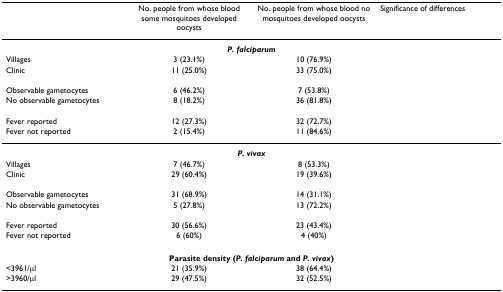
<table><thead><tr><td>[EMPTY_CELL]</td><td><b>No. people from whose blood some mosquitoes developed oocysts</b></td><td><b>No. people from whose blood no mosquitoes developed oocysts</b></td><td><b>Significance of differences</b></td></tr></thead><tbody><tr><td>[EMPTY_CELL]</td><td colspan="2"><b><i>P. falciparum</i></b></td><td>[EMPTY_CELL]</td></tr><tr><td>Villages</td><td>3 (23.1%)</td><td>10 (76.9%)</td><td>[EMPTY_CELL]</td></tr><tr><td>Clinic</td><td>11 (25.0%)</td><td>33 (75.0%)</td><td>[EMPTY_CELL]</td></tr><tr><td colspan="4">[EMPTY_CELL]</td></tr><tr><td>Observable gametocytes</td><td>6 (46.2%)</td><td>7 (53.8%)</td><td>[EMPTY_CELL]</td></tr><tr><td>No observable gametocytes</td><td>8 (18.2%)</td><td>36 (81.8%)</td><td>[EMPTY_CELL]</td></tr><tr><td colspan="4">[EMPTY_CELL]</td></tr><tr><td>Fever reported</td><td>12 (27.3%)</td><td>32 (72.7%)</td><td>[EMPTY_CELL]</td></tr><tr><td>Fever not reported</td><td>2 (15.4%)</td><td>11 (84.6%)</td><td>[EMPTY_CELL]</td></tr><tr><td>[EMPTY_CELL]</td><td colspan="2"><b><i>P. vivax</i></b></td><td>[EMPTY_CELL]</td></tr><tr><td>Villages</td><td>7 (46.7%)</td><td>8 (53.3%)</td><td>[EMPTY_CELL]</td></tr><tr><td>Clinic</td><td>29 (60.4%)</td><td>19 (39.6%)</td><td>[EMPTY_CELL]</td></tr><tr><td colspan="4">[EMPTY_CELL]</td></tr><tr><td>Observable gametocytes</td><td>31 (68.9%)</td><td>14 (31.1%)</td><td>[EMPTY_CELL]</td></tr><tr><td>No observable gametocytes</td><td>5 (27.8%)</td><td>13 (72.2%)</td><td>[EMPTY_CELL]</td></tr><tr><td colspan="4">[EMPTY_CELL]</td></tr><tr><td>Fever reported</td><td>30 (56.6%)</td><td>23 (43.4%)</td><td>[EMPTY_CELL]</td></tr><tr><td>Fever not reported</td><td>6 (60%)</td><td>4 (40%)</td><td>[EMPTY_CELL]</td></tr><tr><td>[EMPTY_CELL]</td><td colspan="2"><b>Parasite density (<i>P. falciparum </i>and <i>P. vivax</i>)</b></td><td>[EMPTY_CELL]</td></tr><tr><td>&lt;3961/μl</td><td>21 (35.9%)</td><td>38 (64.4%)</td><td>[EMPTY_CELL]</td></tr><tr><td>&gt;3960/μl</td><td>29 (47.5%)</td><td>32 (52.5%)</td><td>[EMPTY_CELL]</td></tr></tbody></table>